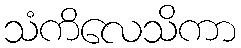
သံကိလေသိကာ